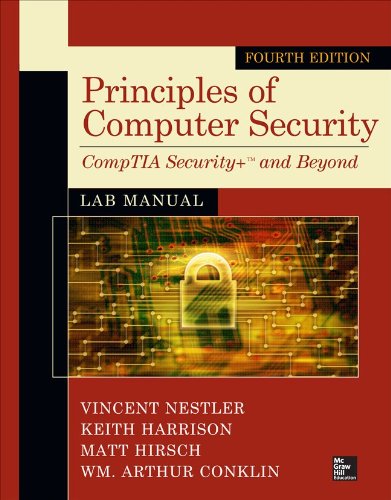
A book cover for Principles of Computer Security Lab Manual, Fourth Edition; Vincent Nestler; Computers & Technology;